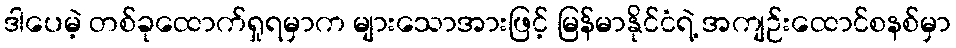
ဒါပေမဲ့ တစ်ခုထောက်ရှုရမှာက များသောအားဖြင့် မြန်မာနိုင်ငံရဲ့ အကျဉ်းထောင်စနစ်မှာ